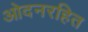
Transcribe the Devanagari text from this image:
ओदनरहित